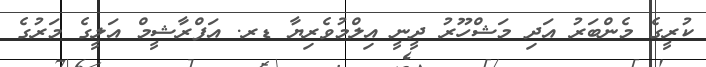
ކުރީގެ މެންބަރު އަދި މަޝްހޫރު ދީނީ އިލްމުވެރިޔާ ޑރ. އަފްރާޝީމް އަލީގެ މަރުގެ